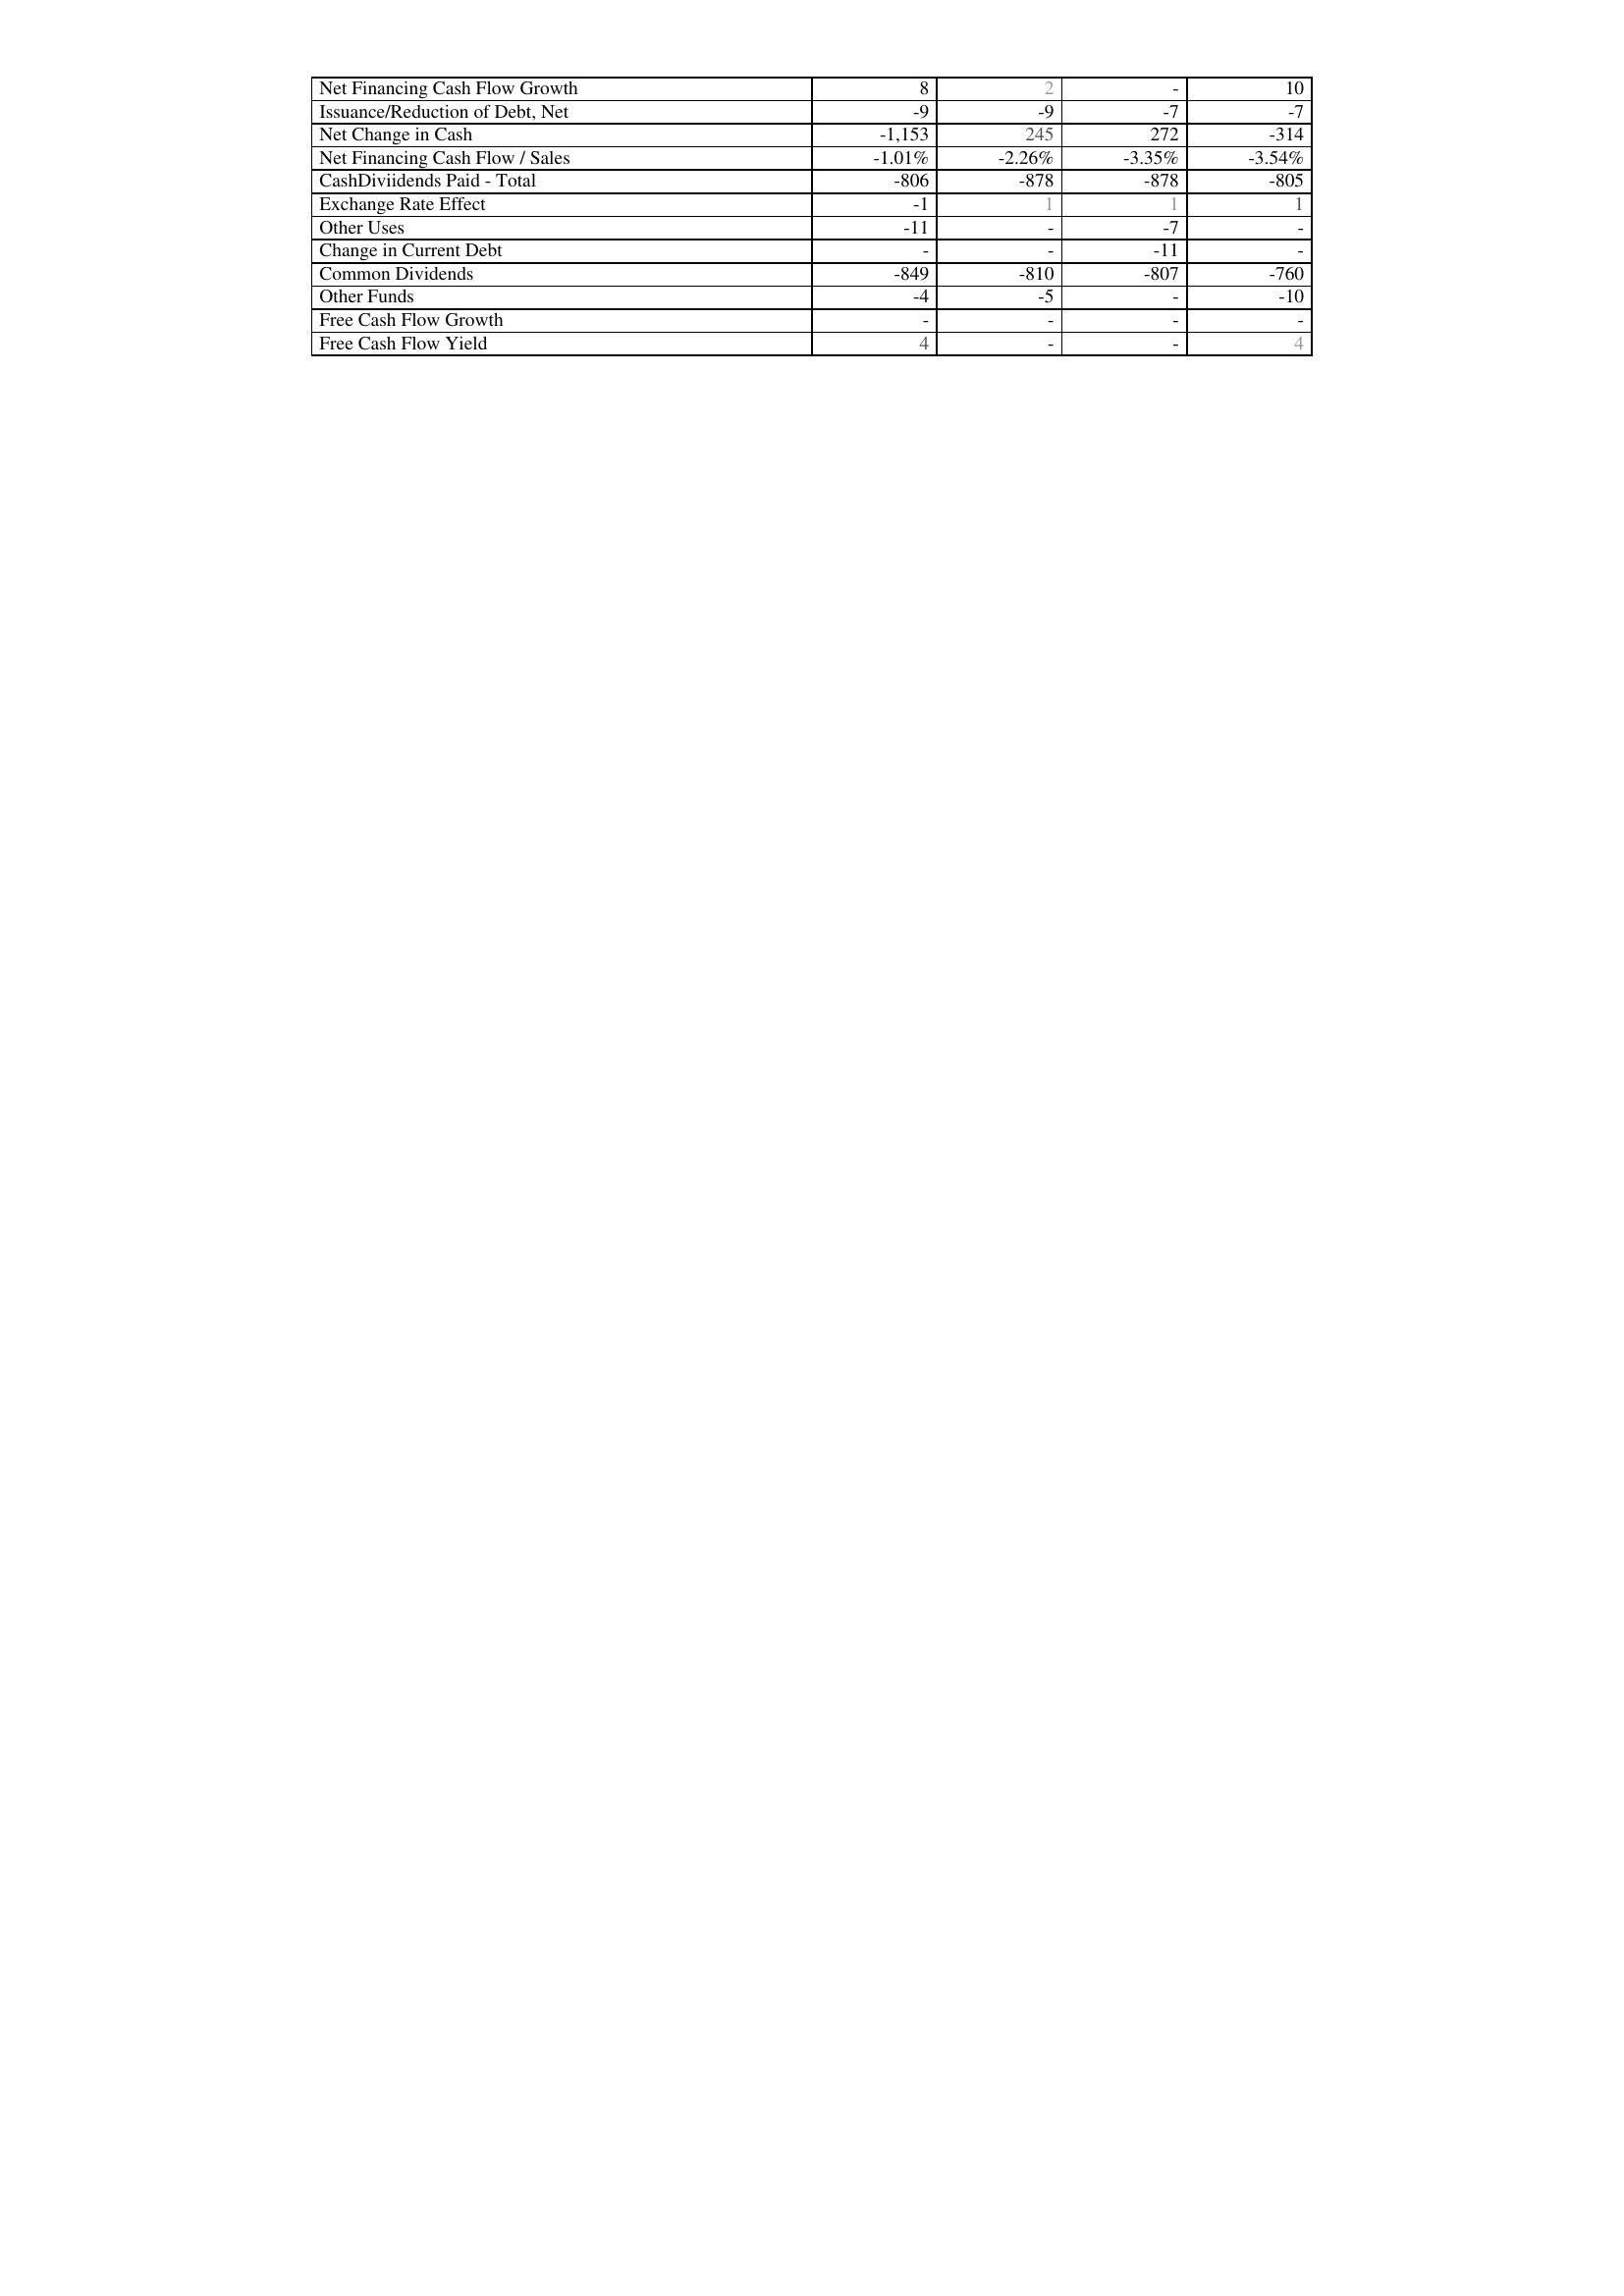
2019: Financing Activities: Net Financing Cash Flow Growth: 8
Issuance/Reduction of Debt, Net: -9
Net Change in Cash: -1,153
Net Financing Cash Flow / Sales: -1.01%
CashDiviidends Paid - Total: -806
Exchange Rate Effect: -1
Other Uses: -11
Change in Current Debt: -
Common Dividends: -849
Other Funds: -4
Free Cash Flow Growth: -
Free Cash Flow Yield: 4
2018: Financing Activities: Net Financing Cash Flow Growth: 2
Issuance/Reduction of Debt, Net: -9
Net Change in Cash: 245
Net Financing Cash Flow / Sales: -2.26%
CashDiviidends Paid - Total: -878
Exchange Rate Effect: 1
Other Uses: -
Change in Current Debt: -
Common Dividends: -810
Other Funds: -5
Free Cash Flow Growth: -
Free Cash Flow Yield: -
2017: Financing Activities: Net Financing Cash Flow Growth: -
Issuance/Reduction of Debt, Net: -7
Net Change in Cash: 272
Net Financing Cash Flow / Sales: -3.35%
CashDiviidends Paid - Total: -878
Exchange Rate Effect: 1
Other Uses: -7
Change in Current Debt: -11
Common Dividends: -807
Other Funds: -
Free Cash Flow Growth: -
Free Cash Flow Yield: -
2016: Financing Activities: Net Financing Cash Flow Growth: 10
Issuance/Reduction of Debt, Net: -7
Net Change in Cash: -314
Net Financing Cash Flow / Sales: -3.54%
CashDiviidends Paid - Total: -805
Exchange Rate Effect: 1
Other Uses: -
Change in Current Debt: -
Common Dividends: -760
Other Funds: -10
Free Cash Flow Growth: -
Free Cash Flow Yield: 4